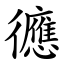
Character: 㣹